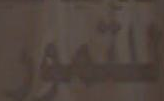
للتمور